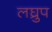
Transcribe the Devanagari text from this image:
लघ्रुप